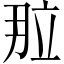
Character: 𬔙